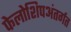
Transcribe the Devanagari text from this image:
फेलोशिपअंतर्गत